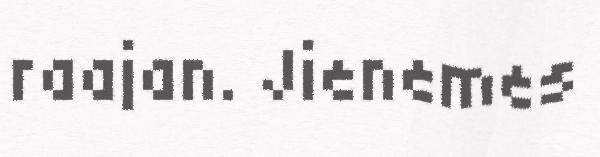
raajan. Jienemes